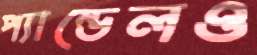
প্যান্ডেলও